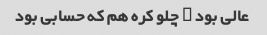
عالی بود … چلو کره هم که حسابی بود